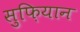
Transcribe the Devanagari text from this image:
सुफ़ियान